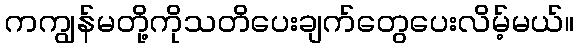
ကကျွန်မတို့ကိုသတိပေးချက်တွေပေးလိမ့်မယ်။